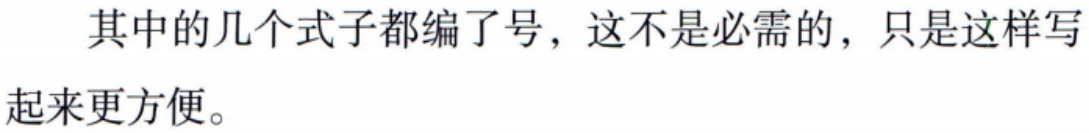
其中的几个式子都编了号，这不是必需的，只是这样写起来更方便。